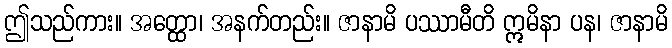
ဤသည်ကား။ အတ္ထော၊ အနက်တည်း။ ဇာနာမိ ပဿာမီတိ ဣမိနာ ပန၊ ဇာနာမိ